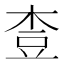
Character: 𪲓